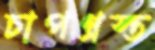
চাপগ্রস্ত